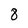
Character: 8